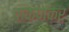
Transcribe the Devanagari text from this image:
चाकणकर